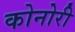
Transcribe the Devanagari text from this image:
कोनोरी